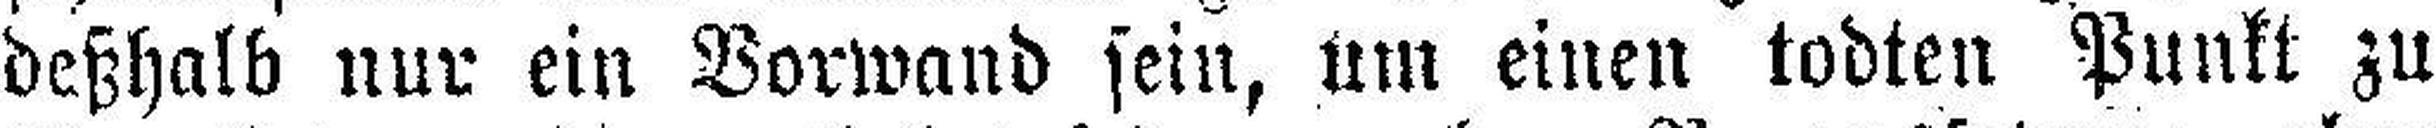
deßhalb nur ein Vorwand sein, um einen tobten Punkt zu